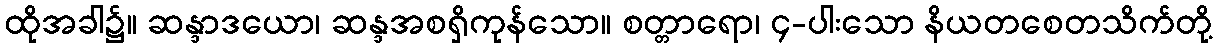
ထိုအခါ၌။ ဆန္ဒာဒယော၊ ဆန္ဒအစရှိကုန်သော။ စတ္တာရော၊ ၄-ပါးသော နိယတစေတသိက်တို့